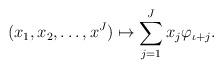
LaTeX: \begin{align*}(x_1,x_2,\dots, x^J)\mapsto \sum_{j=1}^J x_j\varphi_{\iota+j}.\end{align*}